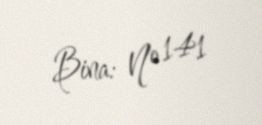
Bina: № 141